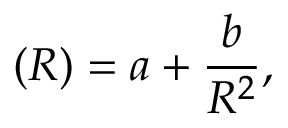
{ { \it \Omega } } ( R ) = a + { \frac { b } { R ^ { 2 } } } ,